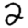
Digit: 2